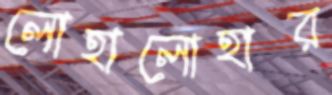
লোহালোহার